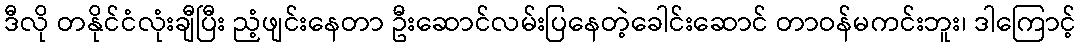
ဒီလို တနိုင်ငံလုံးချီပြီး ညံ့ဖျင်းနေတာ ဦးဆောင်လမ်းပြနေတဲ့ခေါင်းဆောင် တာဝန်မကင်းဘူး၊ ဒါကြောင့်